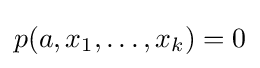
p(a,x_{1},\ldots ,x_{k})=0